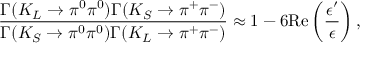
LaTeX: \frac { \Gamma ( K _ { L } \to \pi ^ { 0 } \pi ^ { 0 } ) \Gamma ( K _ { S } \to \pi ^ { + } \pi ^ { - } ) } { \Gamma ( K _ { S } \to \pi ^ { 0 } \pi ^ { 0 } ) \Gamma ( K _ { L } \to \pi ^ { + } \pi ^ { - } ) } \approx 1 - 6 \mathrm { R e } \left( \frac { \epsilon ^ { \prime } } { \epsilon } \right) ,